Vaccination United Provinces of Agra and Oudh 1923-1928 - 1923-1928
Year: 1923
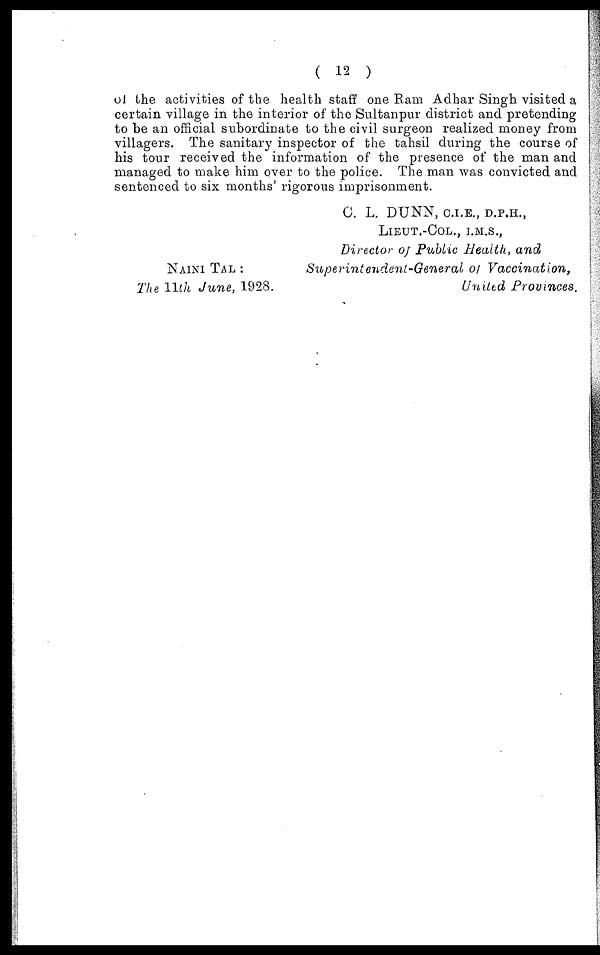
( 12 )
of the activities of the health staff one Ram Adhar Singh visited a
certain village in the interior of the Sultanpur district and pretending
to be an official subordinate to the civil surgeon realized money from
villagers. The sanitary inspector of the tahsil during the course of
his tour received the information of the presence of the man and
managed to make him over to the police. The man was convicted and
sentenced to six months' rigorous imprisonment.
NAINI TAL :
The 11th June, 1928.
C. L. DUNN, C.I.E., D.P.H.,
LIEUT.-COL., I.M.S.,
Director of Public Health, and
Superintendent-General of Vaccination,
United Provinces.